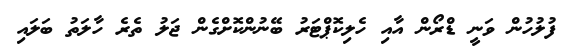
ފުލުހުން ވަނީ ޑްރޯން އާއި ހެލިކޮޕްޓަރު ބޭނުންކޮށްގެން ޖަލު ތެރެ ހާލަތު ބަލައި